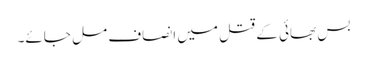
بس بھائی کے قتل میں انصاف مل جائے۔